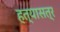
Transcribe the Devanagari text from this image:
हत्यासत्र